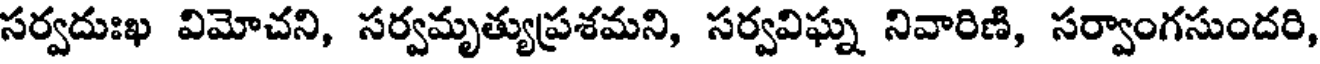
సర్వదుఃఖ విమోచని, సర్వమృత్యుప్రశమని, సర్వవిఘ్న నివారిణి, సర్వాంగసుందరి,